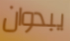
يبدوان